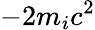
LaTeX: -2m_{i}c^{2}